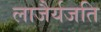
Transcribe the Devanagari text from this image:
लाजैर्यजति